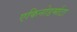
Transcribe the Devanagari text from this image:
एकिनोडर्माटा